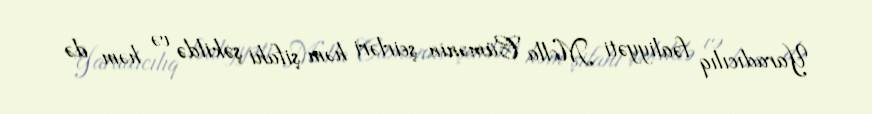
Yaradıcılıq fəaliyyəti Molla Cümənin şeirləri həm şifahi şəkildə və həm də